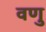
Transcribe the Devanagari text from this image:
वणु